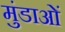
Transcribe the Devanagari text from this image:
मुंडाओं